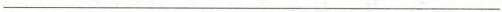
___